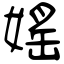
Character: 媱